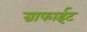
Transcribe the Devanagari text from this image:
ग्राफाईट